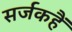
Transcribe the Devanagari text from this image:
सर्जकहैं